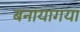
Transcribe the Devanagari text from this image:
बनायागया